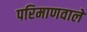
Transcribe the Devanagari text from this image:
परिमाणवाले